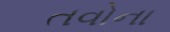
તવોના